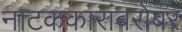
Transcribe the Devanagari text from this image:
नाटककारांबरोबर